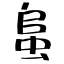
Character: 蛗